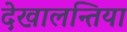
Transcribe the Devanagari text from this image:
देखालन्तिया